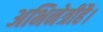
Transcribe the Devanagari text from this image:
अभिनेत्रीहै।